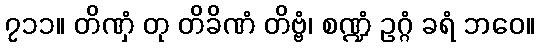
၇၁၁။ တိဏှံ တု တိခိဏံ တိဗ္ဗံ၊ စဏ္ဍံ ဥဂ္ဂံ ခရံ ဘဝေ။